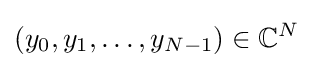
(y_{0},y_{1},\ldots ,y_{N-1})\in \mathbb {C} ^{N}